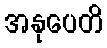
အနုပေတိ